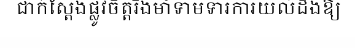
ជាក់ស្តែងផ្លូវចិត្តរឹងមាំទាមទារការយល់ដឹងឱ្យ